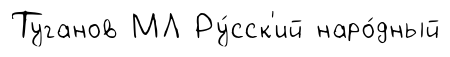
Туганов МЛ Ру́сск'ий наро́дный